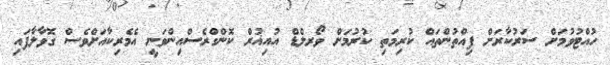
ހުއްޓުވުމަށް ސަރުކާރަށް ފިއްތުންތައް ކުރިމަތި ކުރުމަށް ވޯރލްޑް އުއިޣުރް ކޮންގްރެސްއިންވަނީ އެމެރިކާއަށްވެސް ގޮވާލާފައި